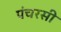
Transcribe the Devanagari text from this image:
पंचरसी